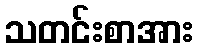
သတင်းစာအား